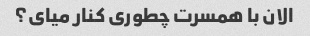
الان با همسرت چطوری کنار میای؟